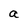
Character: a